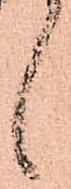
候